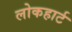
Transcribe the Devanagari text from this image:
लोकहार्ट